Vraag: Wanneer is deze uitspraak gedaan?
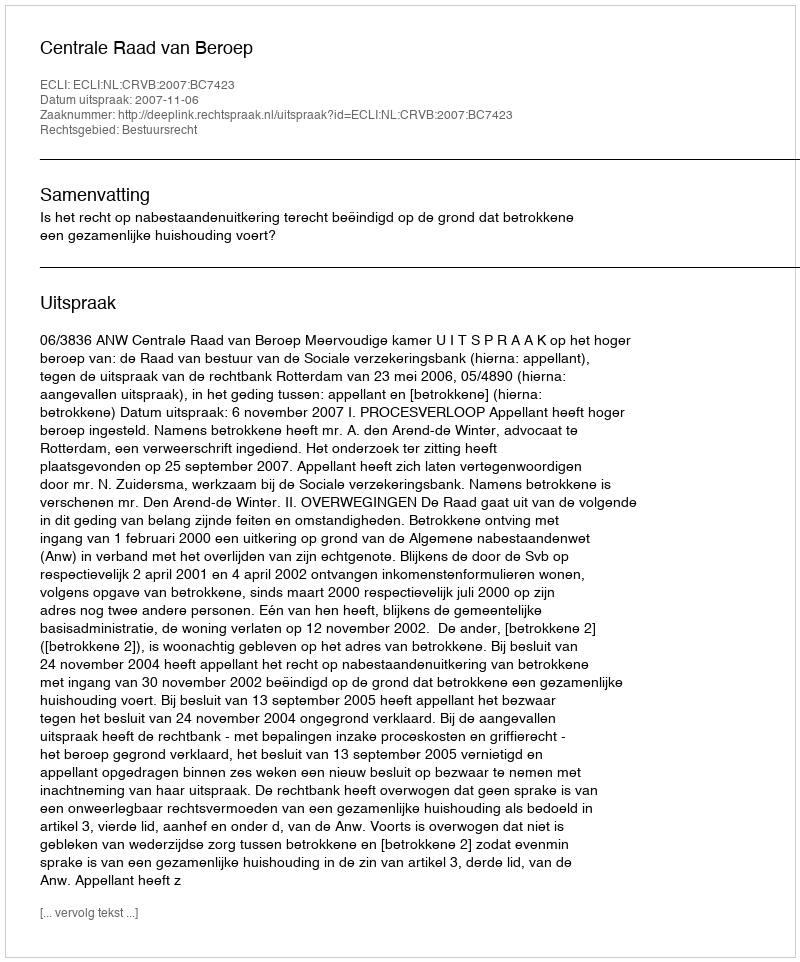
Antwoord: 2007-11-06